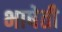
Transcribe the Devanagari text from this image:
भाषेती